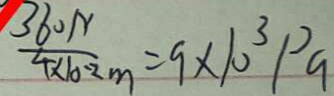
\frac { 3 6 0 N } { 4 \times 1 0 ^ { - 2 } m } = 9 \times 1 0 ^ { 3 } P a